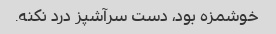
خوشمزه بود، دست سرآشپز درد نکنه.